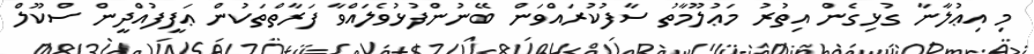
މި އިޢުލާނާ ގުޅިގެން އިތުރު މަޢުލޫމާތު ސާފުކުރައްވަން ބޭނުންފުޅުވެލައްވާ ފަރާތްތަކުން ޢަފީފުއްދީން ސްކޫލް